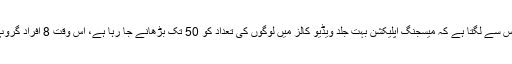
واٹس ایپ بیٹا انفو کے مطابق واٹس ایپ کے بیٹا ورژن میں نیا آپشن دیکھا گیا ہے جس سے لگتا ہے کہ میسجنگ اپلیکشن بہت جلد ویڈیو کالز میں لوگوں کی تعداد کو 50 تک بڑھانے جا رہا ہے، اس وقت 8 افراد گروپ ویڈیو کال کا حصہ بن سکتے ہیں جو دیگر ایپس کے مقابلے میں کافی کم تعداد ہے۔